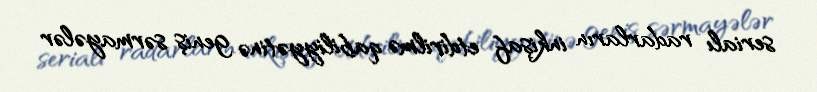
serialı radarların inkişaf etdirilmə qabiliyyətinə geniş sərmayələr